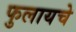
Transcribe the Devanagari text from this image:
फुलायचे